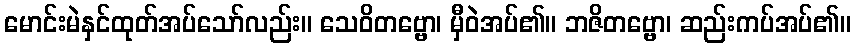
မောင်းမဲနှင်ထုတ်အပ်သော်လည်း။ သေဝိတဗ္ဗော၊ မှီဝဲအပ်၏။ ဘဇိတဗ္ဗော၊ ဆည်းကပ်အပ်၏။